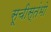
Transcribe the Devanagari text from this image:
सूचीस्तंभो